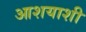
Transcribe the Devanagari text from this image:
आशयाशी